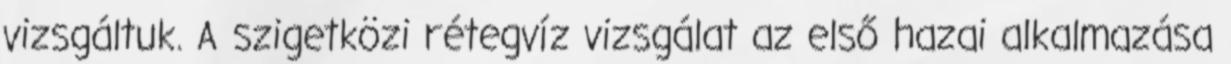
vizsgáltuk. A szigetközi rétegvíz vizsgálat az első hazai alkalmazása